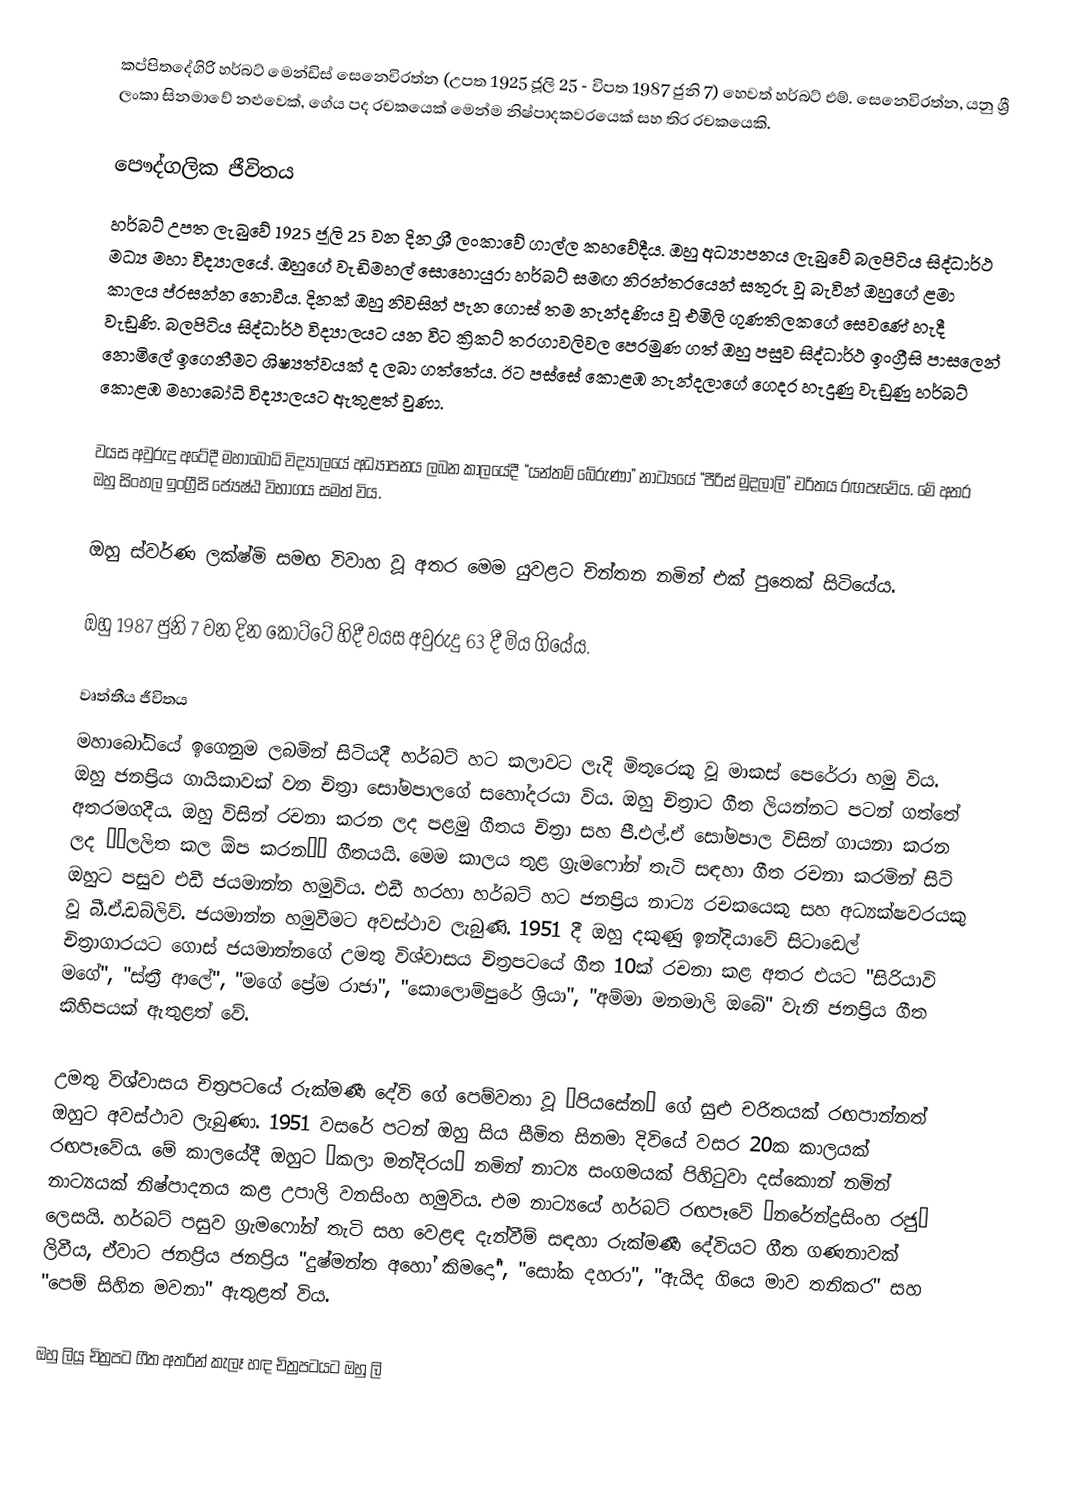
කප්පිතදේගිරි හර්බට් මෙන්ඩිස් සෙනෙවිරත්න (උපත 1925 ජූලි 25 - විපත 1987 ජුනි 7) හෙවත් හර්බට් එම්. සෙනෙවිරත්න, යනු ශ්‍රී ලංකා සිනමාවේ නළුවෙක්, ගේය පද රචකයෙක් මෙන්ම නිෂ්පාදකවරයෙක් සහ තිර රචකයෙකි.

පෞද්ගලික ජීවිතය
හර්බට් උපත ලැබුවේ 1925 ජූලි 25 වන දින ශ්‍රී ලංකාවේ ගාල්ල කහවේදීය. ඔහු අධ්‍යාපනය ලැබුවේ බලපිටිය සිද්ධාර්ථ මධ්‍ය මහා විද්‍යාලයේ. ඔහුගේ වැඩිමහල් සොහොයුරා හර්බට් සමඟ නිරන්තරයෙන් සතුරු වූ බැවින් ඔහුගේ ළමා කාලය ප්රසන්න නොවීය. දිනක් ඔහු නිවසින් පැන ගොස් තම නැන්දණිය වූ එමිලි ගුණතිලකගේ සෙවණේ හැදී වැඩුණි. බලපිටිය සිද්ධාර්ථ විද්‍යාලයට යන විට ක්‍රිකට් තරගාවලිවල පෙරමුණ ගත් ඔහු පසුව සිද්ධාර්ථ ඉංග්‍රීසි පාසලෙන් නොමිලේ ඉගෙනීමට ශිෂ්‍යත්වයක් ද ලබා ගත්තේය. ඊට පස්සේ කොළඹ නැන්දලාගේ ගෙදර හැදුණු වැඩුණු හර්බට් කොළඹ මහාබෝධි විද්‍යාලයට ඇතුළත් වුණා.

වයස අවුරුදු අටේදී මහාබෝධි විද්‍යාලයේ අධ්‍යාපනය ලබන කාලයේදී “යන්තම් බේරුණා” නාට්‍යයේ “පීරිස් මුදලාලි” චරිතය රඟපෑවේය. මේ අතර ඔහු සිංහල ඉංග්‍රීසි ජ්‍යෙෂ්ඨ විභාගය සමත් විය.

ඔහු ස්වර්ණ ලක්ෂ්මි සමඟ විවාහ වූ අතර මෙම යුවළට චින්තන නමින් එක් පුතෙක් සිටියේය.

ඔහු 1987 ජුනි 7 වන දින කෝට්ටේ හිදී වයස අවුරුදු 63 දී මිය ගියේය.

වෘත්තීය ජීවිතය
මහාබෝධියේ ඉගෙනුම ලබමින් සිටියදී හර්බට් හට කලාවට ලැදි මිතුරෙකු වූ මාකස් පෙරේරා හමු විය. ඔහු ජනප්‍රිය ගායිකාවක් වන චිත්‍රා සෝමපාලගේ සහෝදරයා විය. ඔහු චිත්‍රාට ගීත ලියන්නට පටන් ගත්තේ අතරමගදීය. ඔහු විසින් රචනා කරන ලද පළමු ගීතය චිත්‍රා සහ පී.එල්.ඒ සෝමපාල විසින් ගායනා කරන ලද ‘‘ලලිත කල ඕප කරන’’ ගීතයයි. මෙම කාලය තුළ ග්‍රැමෆෝන් තැටි සඳහා ගීත රචනා කරමින් සිටි ඔහුට පසුව එඩී ජයමාන්න හමුවිය. එඩී හරහා හර්බට් හට ජනප්‍රිය නාට්‍ය රචකයෙකු සහ අධ්‍යක්ෂවරයකු වූ බී.ඒ.ඩබ්ලිව්. ජයමාන්න හමුවීමට අවස්ථාව ලැබුණි. 1951 දී ඔහු දකුණු ඉන්දියාවේ සිටාඩෙල් චිත්‍රාගාරයට ගොස් ජයමාන්නගේ උමතු විශ්වාසය චිත්‍රපටයේ ගීත 10ක් රචනා කළ අතර එයට "සිරියාවි මගේ", "ස්ත්‍රී ආලේ", "මගේ ප්‍රේම රාජා", "කොලොම්පුරේ ශ්‍රියා", "අම්මා මනමාලි ඔබේ" වැනි ජනප්‍රිය ගීත කිහිපයක් ඇතුළත් වේ.

උමතු විශ්වාසය චිත්‍රපටයේ රුක්මණී දේවි ගේ පෙම්වතා වූ ‘පියසේන’ ගේ සුළු චරිතයක් රඟපාන්නත් ඔහුට අවස්ථාව ලැබුණා. 1951 වසරේ පටන් ඔහු සිය සීමිත සිනමා දිවියේ වසර 20ක කාලයක් රඟපෑවේය. මේ කාලයේදී ඔහුට ‘කලා මන්දිරය’ නමින් නාට්‍ය සංගමයක් පිහිටුවා දස්කොන් නමින් නාට්‍යයක් නිෂ්පාදනය කළ උපාලි වනසිංහ හමුවිය. එම නාට්‍යයේ හර්බට් රඟපෑවේ ‘නරේන්ද්‍රසිංහ රජු’ ලෙසයි. හර්බට් පසුව ග්‍රැමෆෝන් තැටි සහ වෙළඳ දැන්වීම් සඳහා රුක්මණී දේවියට ගීත ගණනාවක් ලිවීය, ඒවාට ජනප්‍රිය ජනප්‍රිය "දුෂ්මන්ත අහෝ කිමදෝ", "සෝක දහරා", "ඇයිද ගියෙ මාව තනිකර" සහ "පෙම් සිහින මවනා" ඇතුළත් විය.

ඔහු ලියූ චිත්‍රපට ගීත අතරින් කැලෑ හඳ චිත්‍රපටයට ඔහු ලි